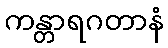
ကန္တာရဂတာနံ